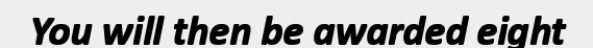
You will then be awarded eight